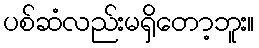
ပစ်ဆံလည်းမရှိတော့ဘူး။